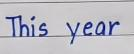
This year